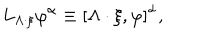
L _ { \Lambda \cdot \xi } \varphi ^ { \alpha } \equiv \left[ \Lambda \cdot \xi , \varphi \right] ^ { \alpha } ,